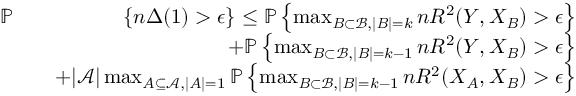
\begin{array} { r l r } { \mathbb { P } } & { } & { \left\{ n \Delta ( 1 ) > \epsilon \right\} \leq \mathbb { P } \left\{ \operatorname* { m a x } _ { \mathit { B } \subset \mathcal { B } , | \mathit { B } | = k } n R ^ { 2 } ( Y , X _ { \mathit { B } } ) > \epsilon \right\} } \\ & { } & { + \mathbb { P } \left\{ \operatorname* { m a x } _ { \mathit { B } \subset \mathcal { B } , | \mathit { B } | = k - 1 } n R ^ { 2 } ( Y , X _ { \mathit { B } } ) > \epsilon \right\} } \\ & { } & { + | \mathcal { A } | \operatorname* { m a x } _ { \mathit { A } \subseteq \mathcal { A } , | \mathit { A } | = 1 } \mathbb { P } \left\{ \operatorname* { m a x } _ { \mathit { B } \subset \mathcal { B } , | \mathit { B } | = k - 1 } n R ^ { 2 } ( X _ { \mathit { A } } , X _ { \mathit { B } } ) > \epsilon \right\} } \end{array}